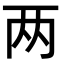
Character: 两